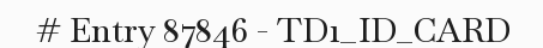
# Entry 87846 - TD1_ID_CARD